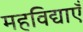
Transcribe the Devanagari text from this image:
महविद्याएँ